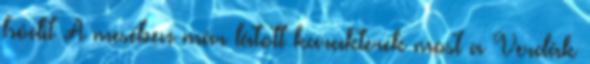
hódít A mesében már látott karakterek most a Verdák